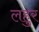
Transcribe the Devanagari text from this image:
लहुर